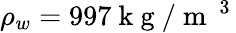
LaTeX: \rho_{w}=997\mathrm{~k~g~}/{{\mathrm{~m~}}^{\mathrm{~3~}}}